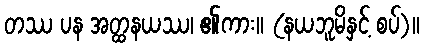
တဿ ပန အတ္ထနယဿ၊ ၏ကား။ (နယဘူမိနှင့် စပ်)။